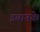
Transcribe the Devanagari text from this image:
इयानके